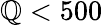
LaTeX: \mathbb{Q}<500